Report of the Indian Hemp Drugs Commission, 1894-1895 - Volume IV
Year: 1894
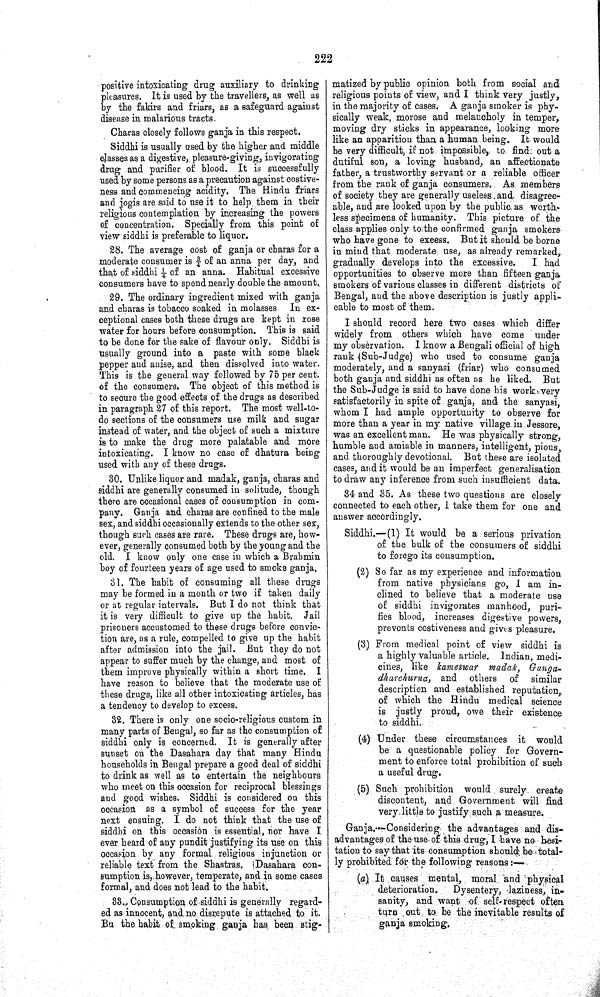
222
positive intoxicating drug auxiliary to drinking
pleasures. It is used by the travellers, as well as
by the fakirs and friars, as a safeguard against
disease in malarious tracts.
Charas closely follows ganja in this respect.
Siddhi is usually used by the higher and middle
classes as a digestive, pleasure-giving, invigorating
drug and purifier of blood. It is successfully
used by some persons as a precaution against costive-
ness and commencing acidity. The Hindu friars
and jogis are said to use it to help them in their
religious contemplation by increasing the powers
of concentration. Specially from this point of
view siddhi is preferable to liquor.
28. The average cost of ganja or charas for a
moderate consumer is 3/4 of an anna per day, and
that of siddhi 1/4 of an anna. Habitual excessive
consumers have to spend nearly double the amount.
29. The ordinary ingredient mixed with ganja
and charas is tobacco soaked in molasses In ex-
ceptional cases both these drugs are kept in rose
water for hours before consumption. This is said
to be done for the sake of flavour only. Siddhi is
usually ground into a paste with some black
pepper and anise, and then dissolved into water.
This is the general way followed by 75 per cent.
of the consumers. The object of this method is
to secure the good effects of the drugs as described
in paragraph 27 of this report. The most well-to-
do sections of the consumers use milk and sugar
instead of water, and the object of such a mixture
is to make the drug more palatable and more
intoxicating. I know no case of dhatura being
used with any of these drugs.
30. Unlike liquor and madak, ganja, charas and
siddhi are generally consumed in solitude, though
there are occasional cases of consumption in com-
pany. Ganja and charas are confined to the male
sex, and siddhi occasionally extends to the other sex,
though such cases are rare. These drugs are, how-
ever, generally consumed both by the young and the
old. I know only one case in which a Brahmin
boy of fourteen years of age used to smoke ganja.
31. The habit of consuming all these drugs
may be formed in a month or two if taken daily
or at regular intervals. But I do not think that
it is very difficult to give up the habit. Jail
prisoners accustomed to these drugs before convic-
tion are, as a rule, compelled to give up the habit
after admission into the jail. But they do not
appear to suffer much by the change, and most of
them improve physically within a short time. I
have reason to believe that the moderate use of
these drugs, like all other intoxicating articles, has
a tendency to develop to excess.
32. There is only one socio-religious custom in
many parts of Bengal, so far as the consumption of
siddhi only is concerned. It is generally after
sunset on the Dasahara day that many Hindu
households in Bengal prepare a good deal of siddhi
to drink as well as to entertain the neighbours
who meet on this occasion for reciprocal blessings
and good wishes. Siddhi is considered on this
occasion as a symbol of success for the year
next ensuing. I do not think that the use of
siddhi on this occasion is essential, nor have I
ever heard of any pundit justifying its use on this
occasion by any formal religious injunction or
reliable text from the Shastras. Dasahara con-
sumption is, however, temperate, and in some eases
formal, and does not lead to the habit.
33. Consumption of siddhi is generally regard-
ed as innocent, and no disrepute is attached to it.
Bu the habit of smoking ganja has been stig-
matized by public opinion both from social and
religious points of view, and I think very justly,
in the majority of cases. A ganja smoker is phy-
sically weak, morose and melancholy in temper,
moving dry sticks in appearance, looking more
like an apparition than a human being. It would
be very difficult, if not. impossible, to find out a
dutiful son, a loving husband, an affectionate
father, a trustworthy servant or a reliable officer
from the rank of ganja consumers. As members
of society they are generally useless and disagree-
able, and are looked upon by the public as worth-
less specimens of humanity. This picture of the
class applies only to the confirmed ganja smokers
who have gone to excess. But it should be borne
in mind that moderate use, as already remarked,
gradually develops into the excessive.
I had
opportunities to observe more than fifteen ganja
smokers of various classes in different districts of
Bengal, and the above description is justly appli-
cable to most of them.
I should record here two cases which differ
widely from others which have come under
my observation. I know a Bengali official of high
rank (Sub-Judge) who used to consume ganja
moderately, and a sanyasi (friar) who consumed
both ganja and siddhi as often as he liked. But
the Sub-Judge is said to have done his work very
satisfactorily in spite of ganja, and the sanyasi,
whom I had ample opportunity to observe for
more than a year in my native village in Jessore,
was an excellent man. He was physically strong,
humble and amiable in manners, intelligent, pious,
and thoroughly devotional. But these are isolated
cases, and it would be an imperfect generalisation
to draw any inference from such insufficient data.
34 and 35. As these two questions are closely
connected to each other, I take them for one and
answer accordingly.
Siddhi.—(1) It would be a serious privation
of the bulk of the consumers of siddhi
to forego its consumption.
(2) So far as my experience and information
from native physicians go, I am in-
clined to believe that a moderate use
of siddhi invigorates manhood, puri-
fies blood, increases digestive powers,
prevents costiveness and gives pleasure.
(3) From medical point of view siddhi is
a highly valuable article. Indian, medi-
cines, like kameswar madak, Ganga-
dharchurna, and others of similar
description and established reputation,
of which the Hindu medical science
is justly proud, owe their existence
to siddhi.
(4) Under these circumstances it would
be a questionable policy for Govern-
ment to enforce total prohibition of such
a useful drug.
(5) Such prohibition would surely create
discontent, and Government will find
very little to justify such a measure.
Ganja.—Considering the advantages and dis-
advantages of the use of this drug, I have no hesi-
tation to say that its consumption should be total-
ly prohibited for the following reasons:—
(a) It causes mental, moral and physical
deterioration.
Dysentery, laziness, in-
sanity, and want of self-respect often
turn out to be the inevitable results of
ganja smoking.